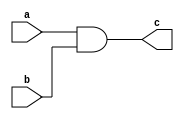
module andg_3(input a,input b,output c);
and x(c,a,b);
endmodule